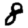
Digit: 8